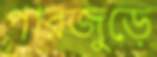
পারজুড়ে